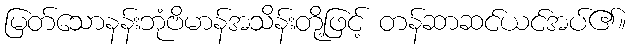
မြတ်သောနန်းဘုံဗိမာန်အသိန်းတို့ဖြင့် တန်ဆာဆင်ယင်အပ်၏။